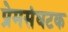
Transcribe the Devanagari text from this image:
प्रेमसंघटक